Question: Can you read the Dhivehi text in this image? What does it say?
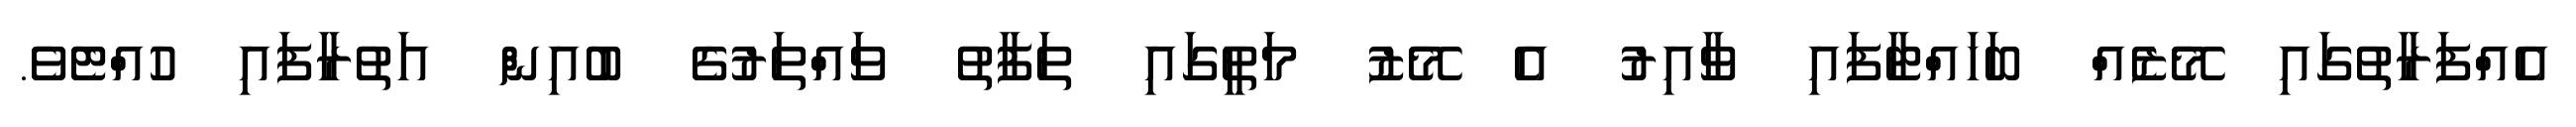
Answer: އެއްފަރާތުގައި މޭޒެއް ބަހައްޓާފައި ވާއިރު އެ މޭޒު މަތީގައި ތަފާތު ވައްތަރުގެ ބުއިން އަތުރާފައި ހުއްޓެވެ.